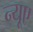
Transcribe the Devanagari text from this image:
न्‍यूए